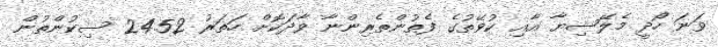
ވަނަ ހޯދީ މެލޭޝިޔާ އާއި ކުވޭތުގެ ފެތުންތެރިންނާ ވާދަކޮށް ހަތަރު 24.52 ސިކުންތުން